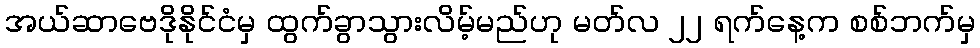
အယ်ဆာဗေဒိုနိုင်ငံမှ ထွက်ခွာသွားလိမ့်မည်ဟု မတ်လ ၂၂ ရက်နေ့က စစ်ဘက်မှ